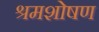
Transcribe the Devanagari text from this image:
श्रमशोषण